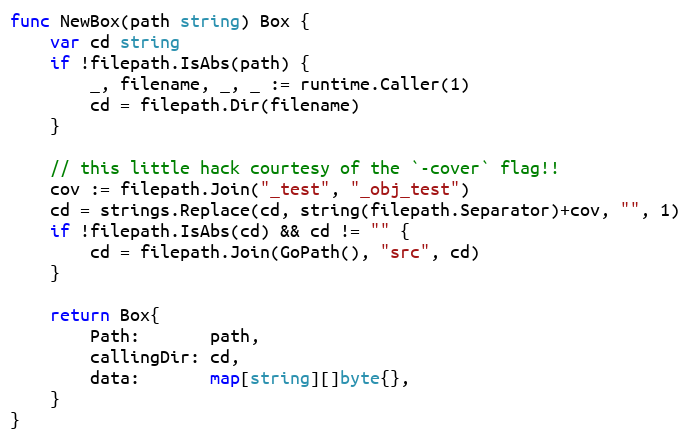
Language: Go
func NewBox(path string) Box {
	var cd string
	if !filepath.IsAbs(path) {
		_, filename, _, _ := runtime.Caller(1)
		cd = filepath.Dir(filename)
	}

	// this little hack courtesy of the `-cover` flag!!
	cov := filepath.Join("_test", "_obj_test")
	cd = strings.Replace(cd, string(filepath.Separator)+cov, "", 1)
	if !filepath.IsAbs(cd) && cd != "" {
		cd = filepath.Join(GoPath(), "src", cd)
	}

	return Box{
		Path:       path,
		callingDir: cd,
		data:       map[string][]byte{},
	}
}